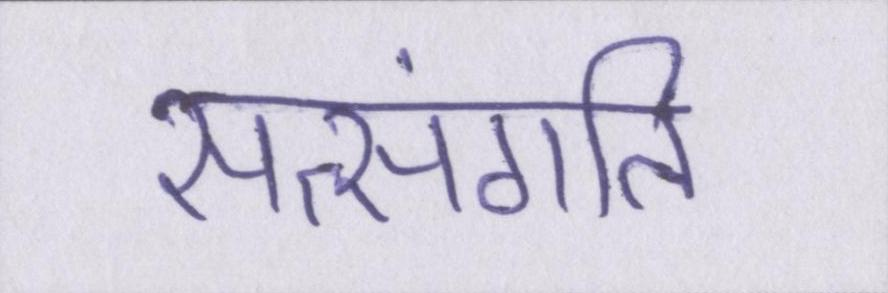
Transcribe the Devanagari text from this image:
सत्संगति